Indian journal of veterinary science and animal husbandry - Volume 6,
Year: 1936
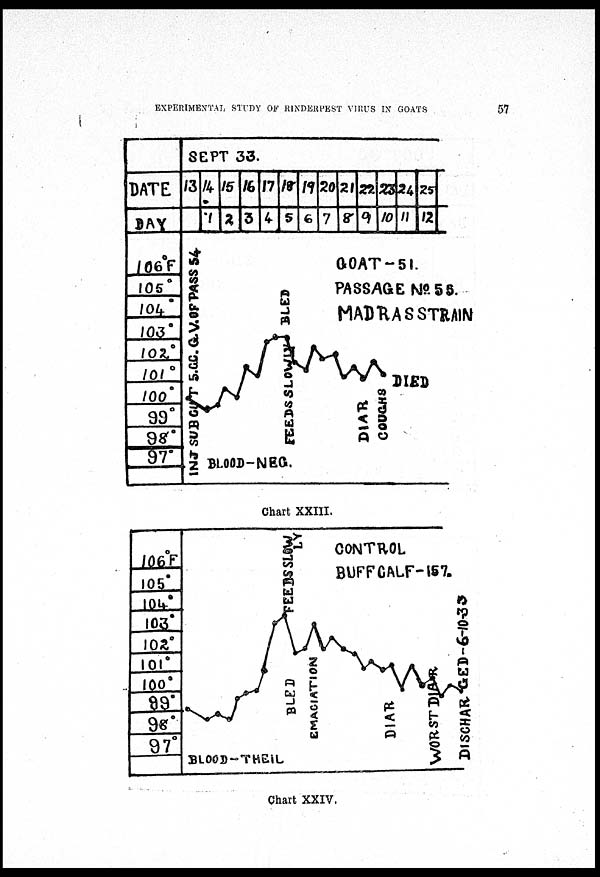
EXPERIMENTAL STUDY OF RINDERPEST VIRUS IN GOATS
57
Chart XXIII.
Chart XXIV.